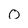
Character: o